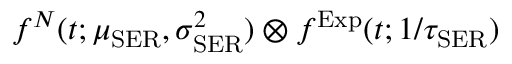
f ^ { N } ( t ; \mu _ { \mathrm { S E R } } , \sigma _ { \mathrm { S E R } } ^ { 2 } ) \otimes f ^ { \mathrm { E x p } } ( t ; 1 / \tau _ { \mathrm { S E R } } )